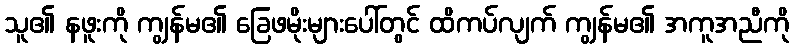
သူ၏ နဖူးကို ကျွန်မ၏ ခြေဖမိုးများပေါ်တွင် ထိကပ်လျက် ကျွန်မ၏ အကူအညီကို